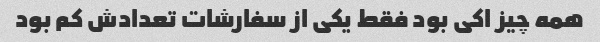
همه چیز اکی بود فقط یکی از سفارشات تعدادش کم بود